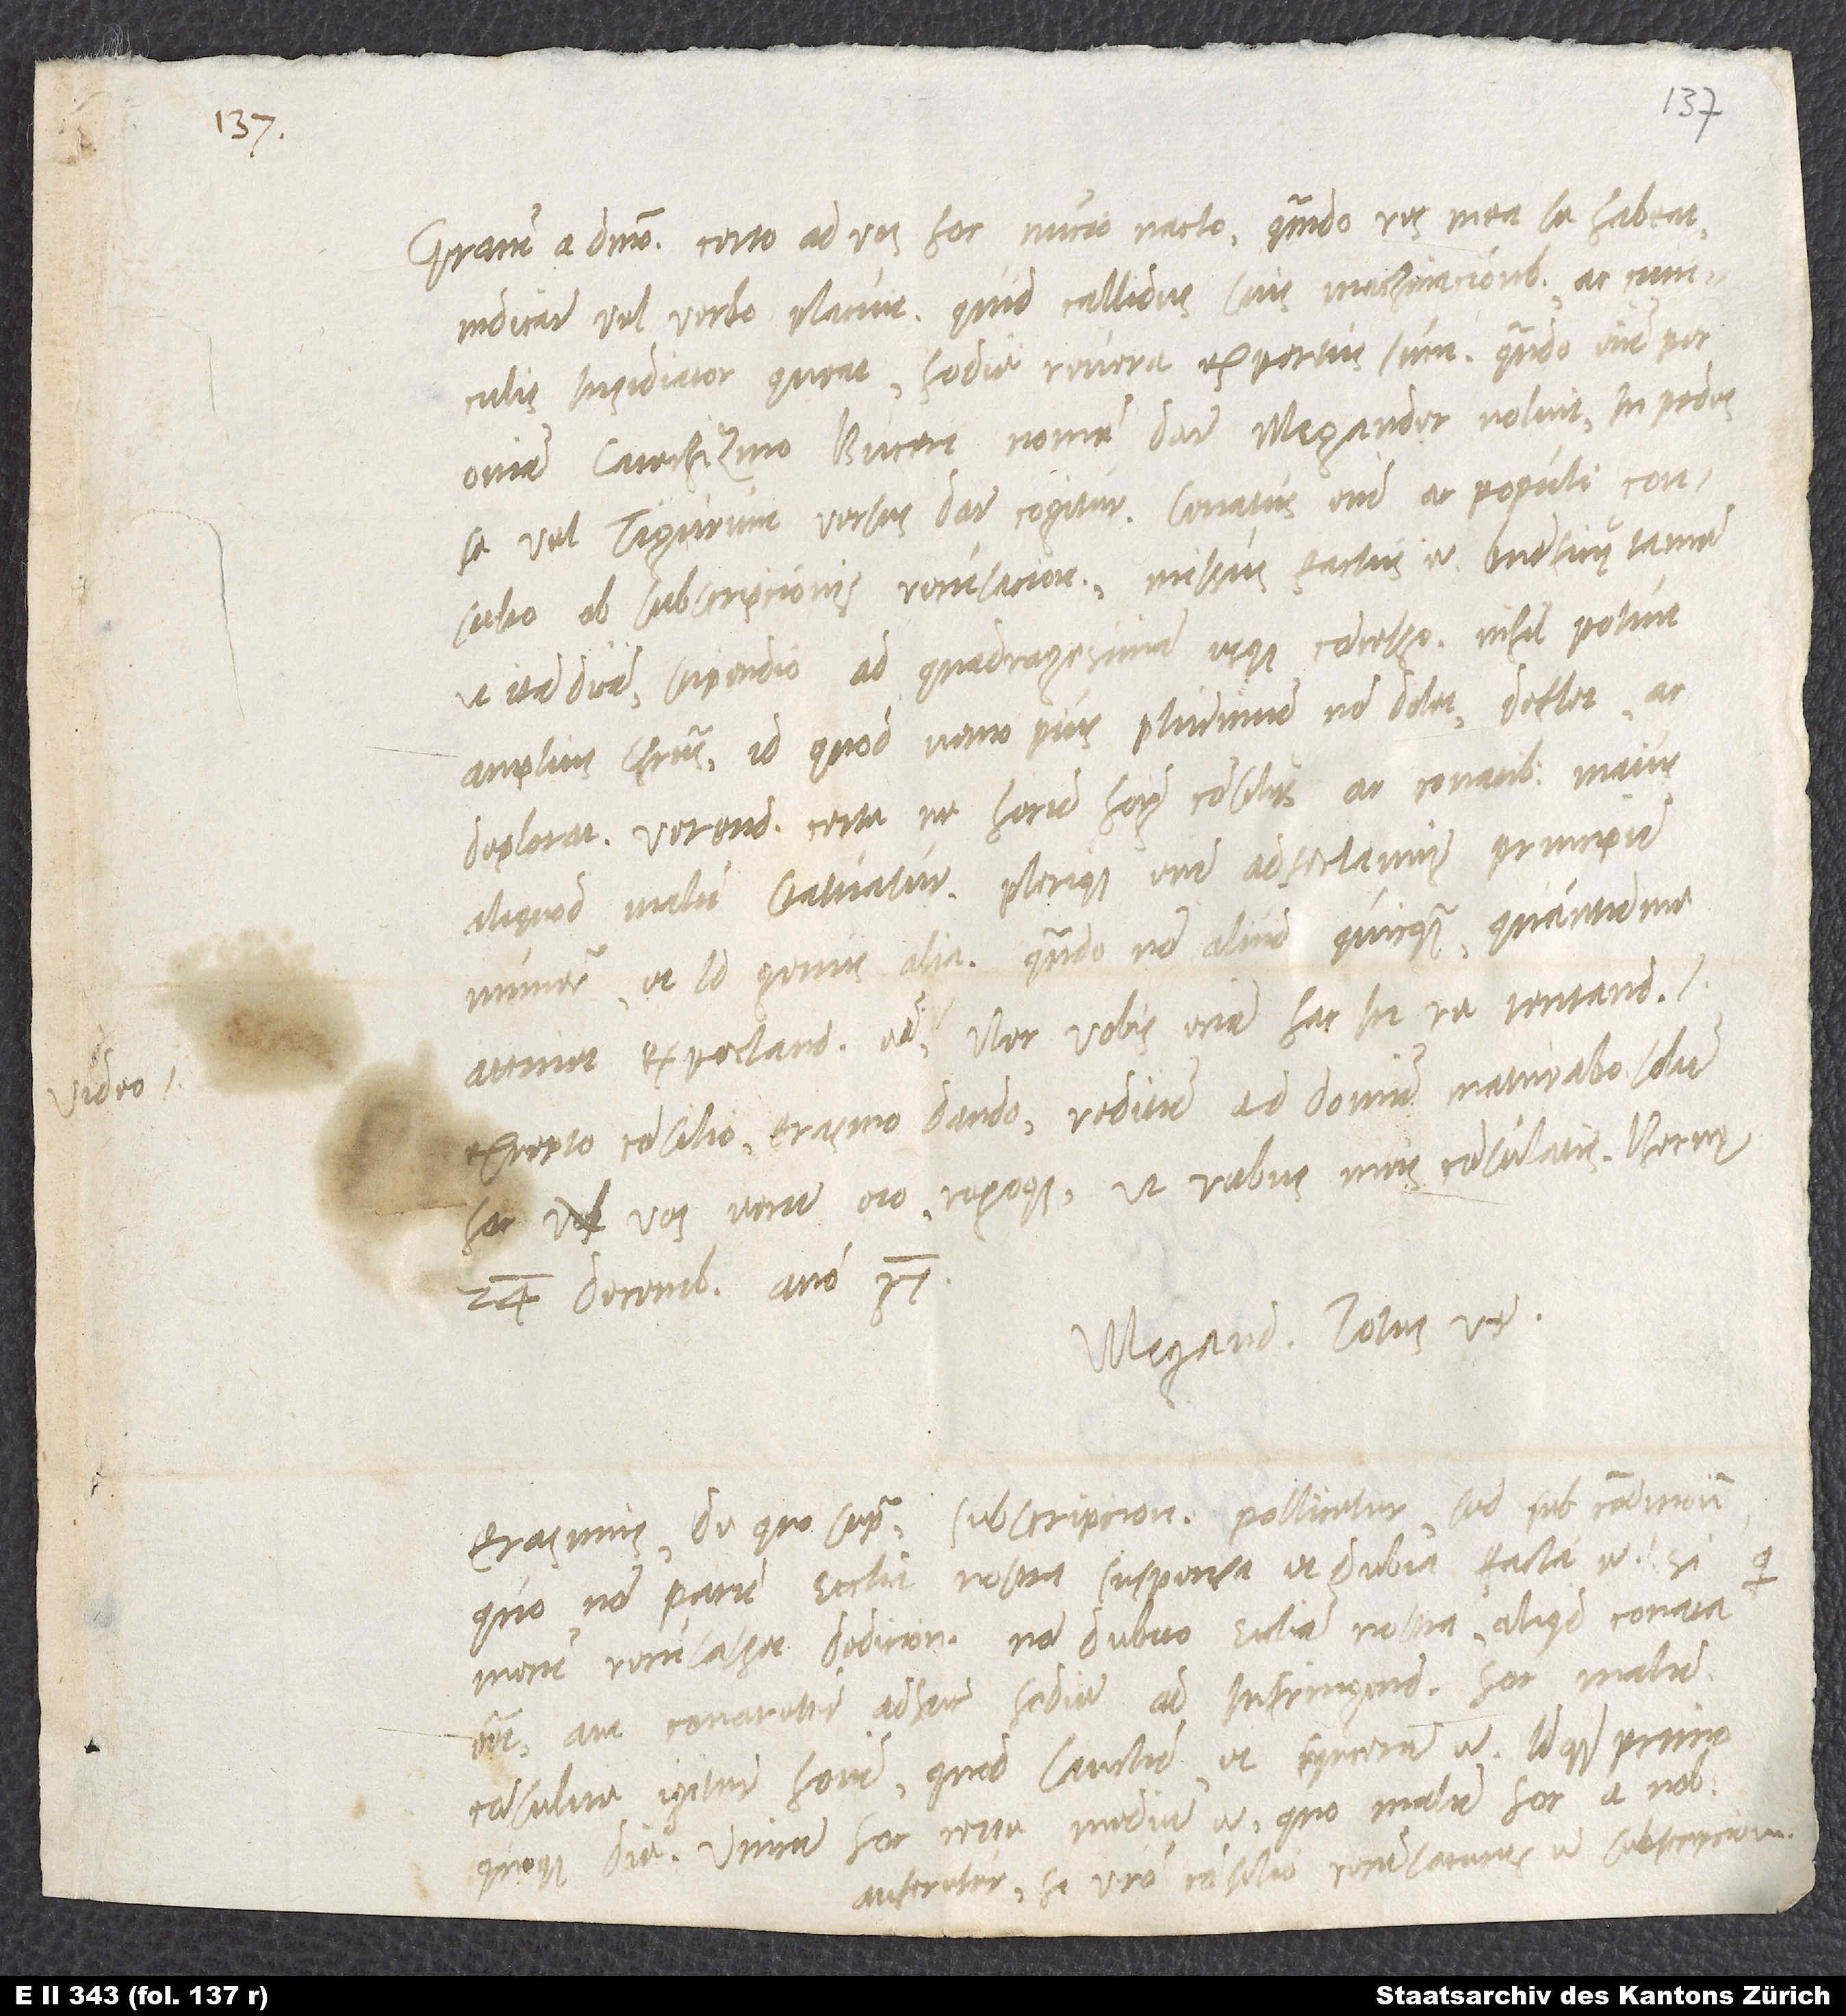
Gratiam a domino. Certo ad vos hoc nuncio nacto, quomodo res mea se habeat,
indicare vel verbo placuit. Quid callidus suis machinacionibus ac cuniculis
insidiator queat, hodie revera expertus sum. Quando enim per
omnia catechizmo Buceri nomen dare Megander noluit, in pedes
se vel Tigurum versus dare cogitur. Senatus enim ac populi consulto
ob subscripcionis recusacionem missus factus est, beneficii tamen,
ut ita dicam, stipendio ad quadragesimam usque concesso. Nihil potuit
amplius Christus, id quod nemo pius plurimum non dolet, deflet ac
deplorat. Verendum certe, ne horum hominum consiliis ac conatibus maius
aliquod malum statuatur. Plerique enim adfectantes principum
munera et id genus alia. Quando non aliud quicquam, quantum me
attinet, expectandum esse nec vobis eciam hac in re tentandum
excepto consilio Erasmo dando, reditum ad domum maturabo. Solum
hoc vos iterum oro rogoque, ut rebus meis consulatis. Bernę,
24. decembris anno 37.
Megand. totus vester.
Erasmus, de quo supra, subscripcionem pollicetur, sed sub condicione,
quo non parum ecclesia nostra suspensa et dubia facta est.
mecum recusasset dedicionem, non dubito, ecclesia nostra aliquid conata
esset aut conaretur adhuc hodie ad infringendum hoc malum.
Consulite igitur homini, quod sanctum et syncerum est, idque primo
quoque die. Unicum hoc certe medium est, quo malum hoc a nobis
auferetur, si vestro consilio recusaturus est subscripcionem.